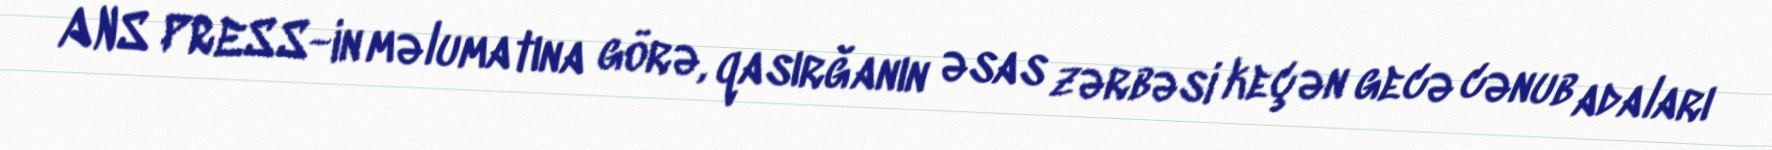
ANS PRESS-in məlumatına görə, qasırğanın əsas zərbəsi keçən gecə cənub adaları